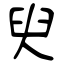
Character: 臾